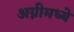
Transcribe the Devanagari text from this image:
अग्नीमध्ये